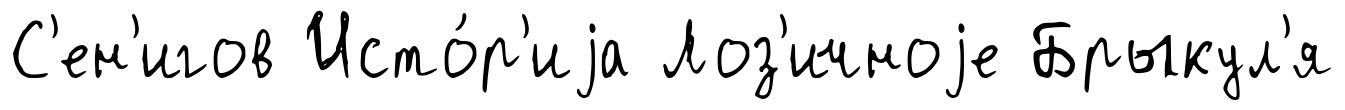
С'ен'игов Исто́р'иjа Лоз'ичноjе Брыкул'я